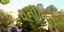
ઘનીભૂત